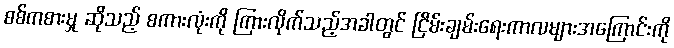
စစ်ကစားမှု ဆိုသည့် စကားလုံးကို ကြားလိုက်သည့်အခါတွင် ငြိမ်းချမ်းရေးကာလများအကြောင်းကို